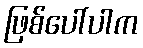
ဖြစ်ပေါ်ပါက